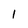
Character: 1